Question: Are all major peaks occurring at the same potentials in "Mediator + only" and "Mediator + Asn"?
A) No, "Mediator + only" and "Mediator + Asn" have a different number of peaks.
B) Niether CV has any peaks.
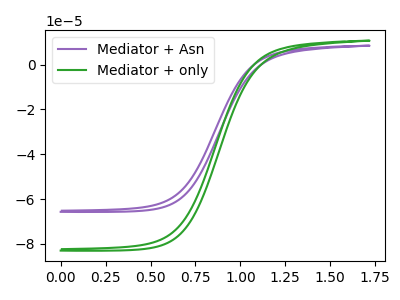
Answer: <think>The purple curve "Mediator + Asn" has no peaks. The green curve "Mediator + only" has no peaks.</think>
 <answer>B) Niether CV has any peaks.</answer>
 <eval>B</eval>